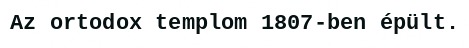
Az ortodox templom 1807-ben épült.